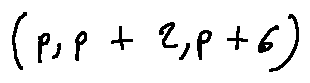
( p , p + 2 , p + 6 )